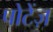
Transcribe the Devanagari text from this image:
पोटेंज़